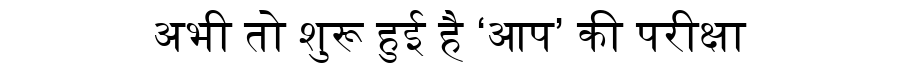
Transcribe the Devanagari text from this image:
अभी तो शुरू हुई है ‘आप’ की परीक्षा